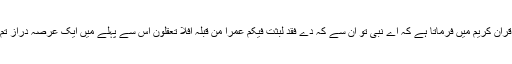
آنحضور ﷺ کی صداقت کو ثابت کرنے کے لئے اللہ تعالی قرآن کریم میں فرماتا ہے کہ اے نبی تو ان سے کہ دے فَقَد لَبِثتُ فِیکُم عُمُراً مِنْ قَبلِہٖ اَفَلا تَعقِلُون اس سے پہلے میں ایک عرصہ دراز تم میں گزار چکا ہوں کیا پھر بھی تم عقل سے کام نہیں لیتے۔